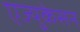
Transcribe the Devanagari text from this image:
एज्युकेसन